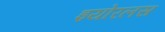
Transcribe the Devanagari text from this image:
इयोरलस